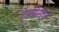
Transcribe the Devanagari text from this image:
टेलीमेन